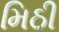
મિઠી